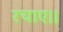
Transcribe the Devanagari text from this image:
रचाए।।